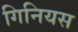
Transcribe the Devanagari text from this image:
गिनियस